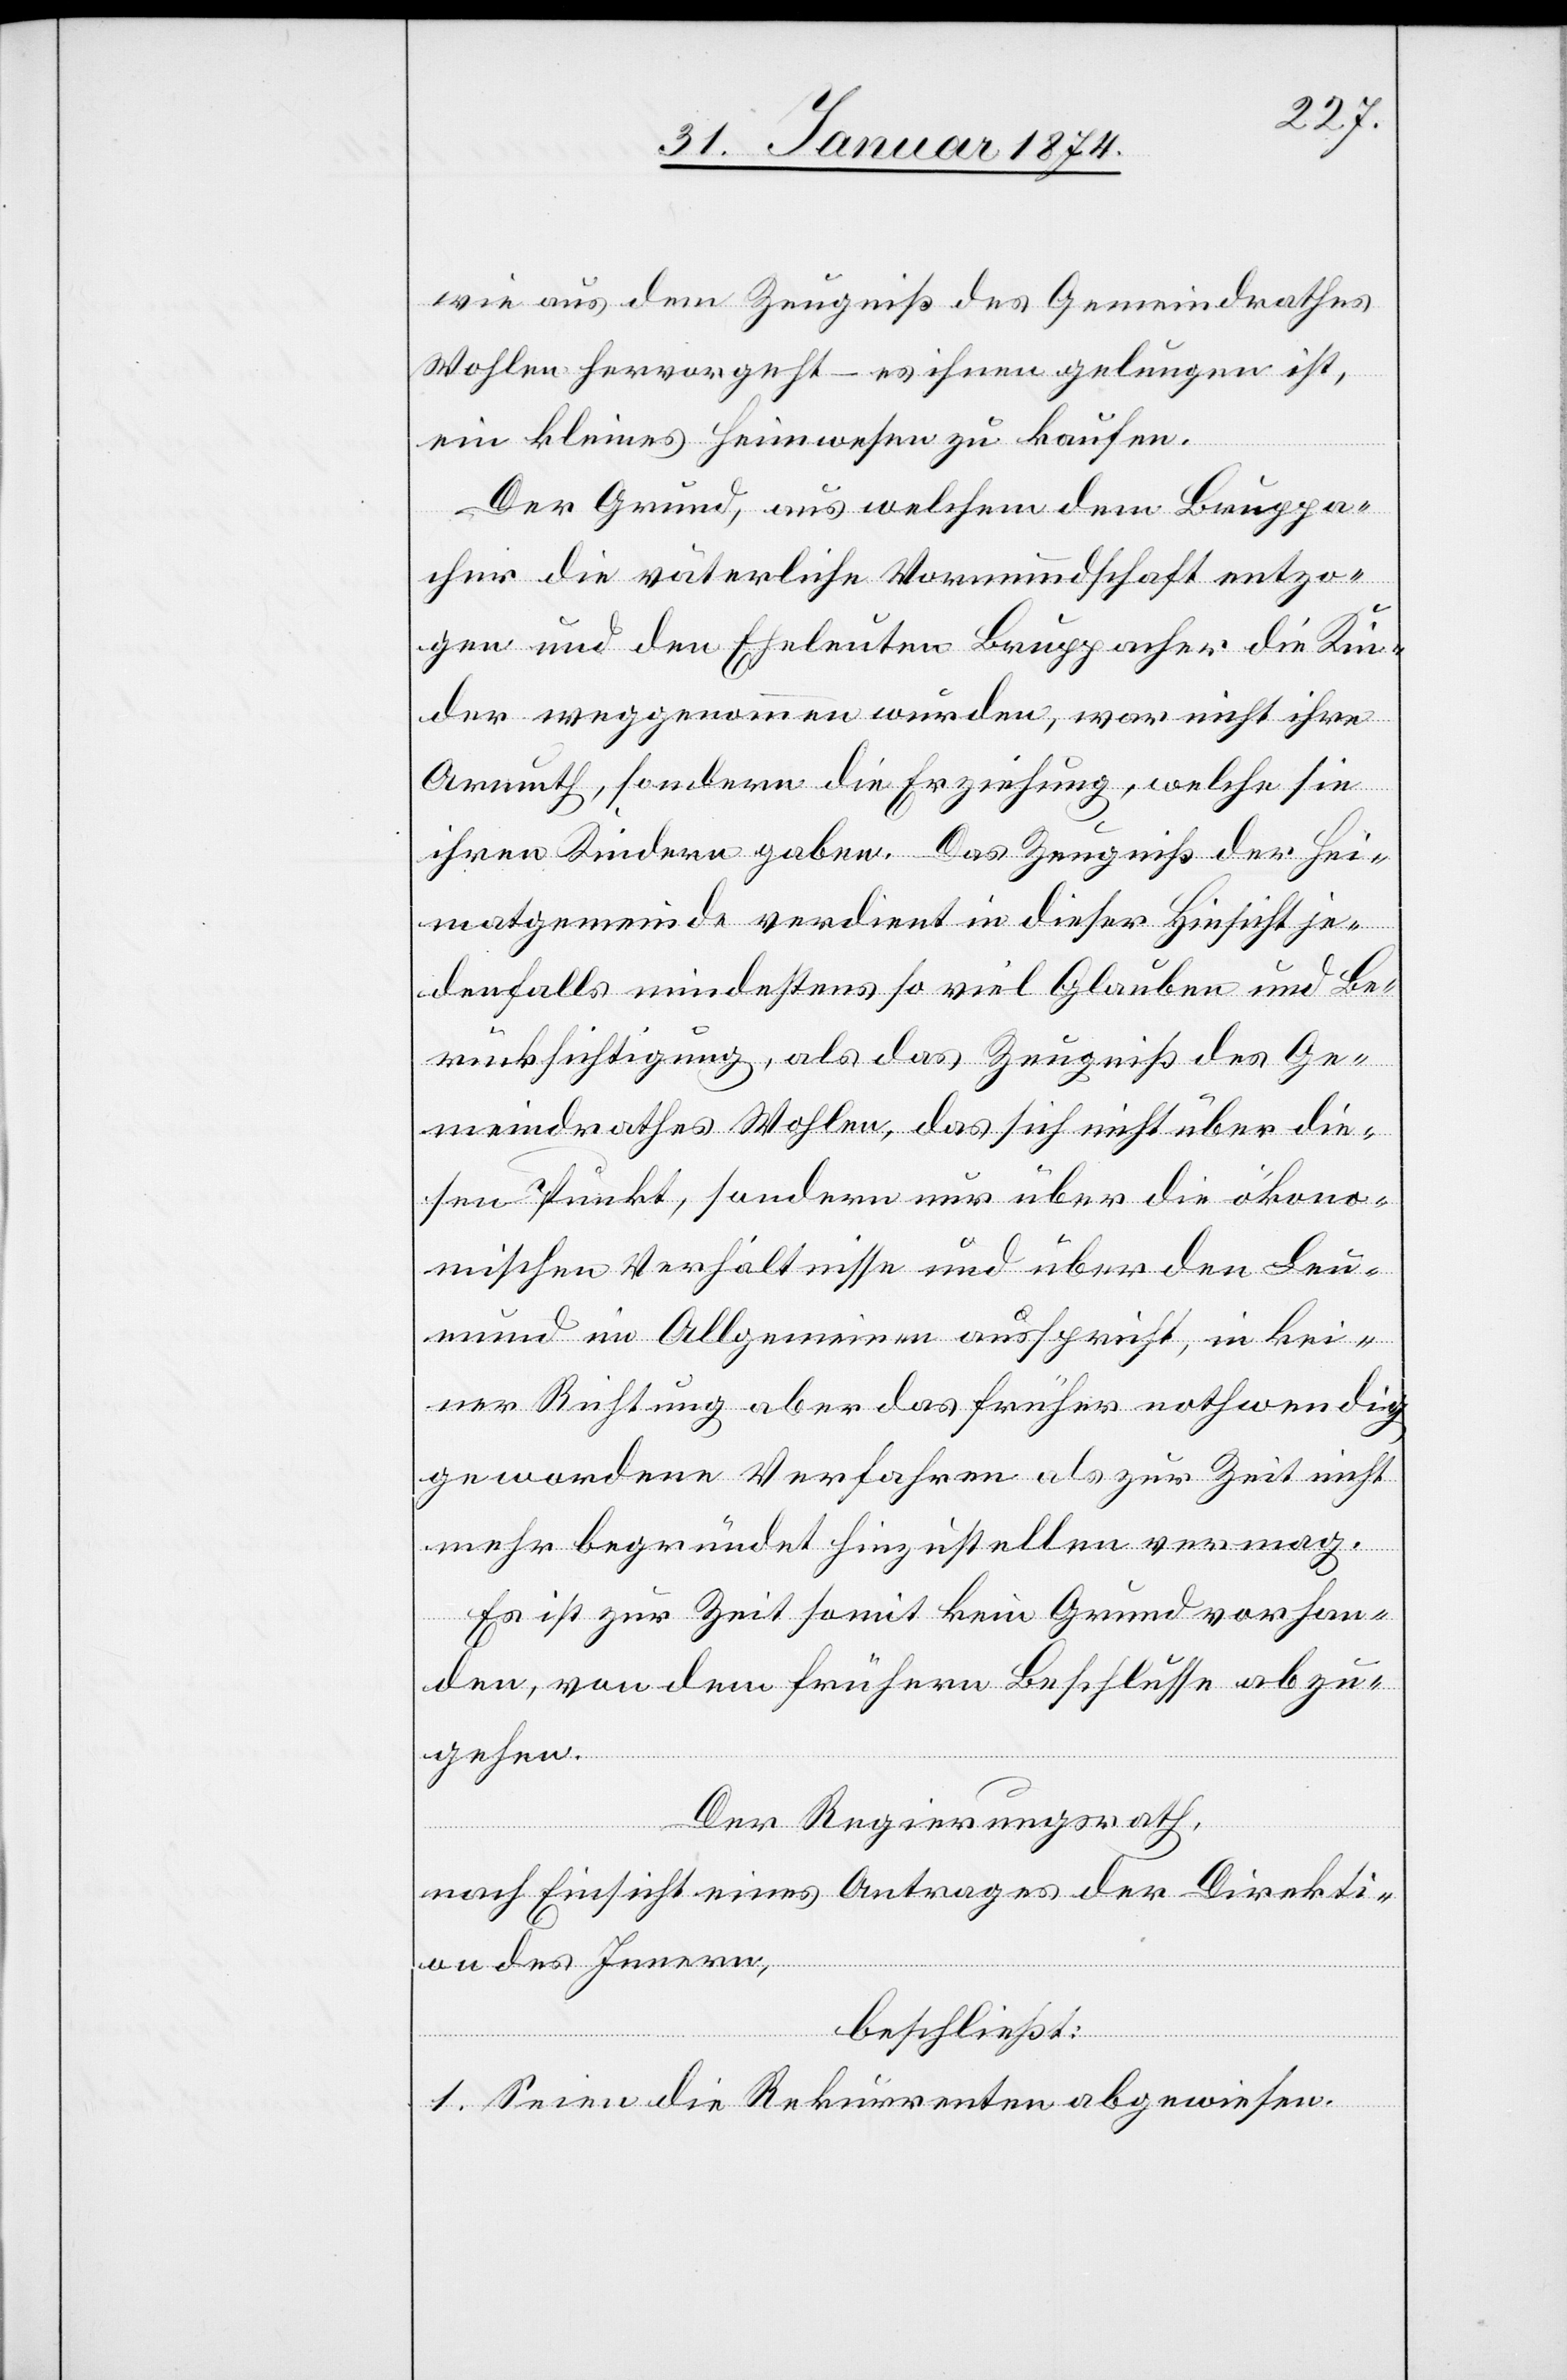
wie aus dem Zeugniß des Gemeindrathes
Wohlen hervorgeht – es ihnen gelungen ist,
ein kleines Heimwesen zu kaufen.
Der Grund, aus welchem dem Bruppa¬
cher die väterliche Vormundschaft entzo¬
gen und den Eheleuten Bruppacher die Kin¬
der weggenommen wurden, war nicht ihre
Armuth, sondern die Erziehung, welche sie
ihren Kindern gaben. Das Zeugniß der Hei¬
matgemeinde verdient in dieser Hinsicht je¬
denfalls mindestens so viel Glauben und Be¬
rücksichtigung, als das Zeugniß des Ge¬
meindrathes Wohlen, das sich nicht über die¬
sen Punkt, sondern nur über die ökono¬
mischen Verhältnisse und über den Leu¬
mund im Allgemeinen ausspricht, in kei¬
ner Richtung aber das früher nothwendig
gewordene Verfahren als zur Zeit nicht
mehr begründet hinzustellen vermag.
Es ist zur Zeit somit kein Grund vorhan¬
den, von den frühern Beschlüsse[n] abzu¬
gehen.
Der Regierungsrath,
nach Einsicht eines Antrages der Direkti¬
on des Innern,
beschließt:
1. Seien die Rekurrenten abgewiesen.